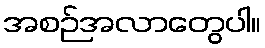
အစဉ်အလာတွေပါ။